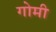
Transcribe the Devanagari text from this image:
गोमी